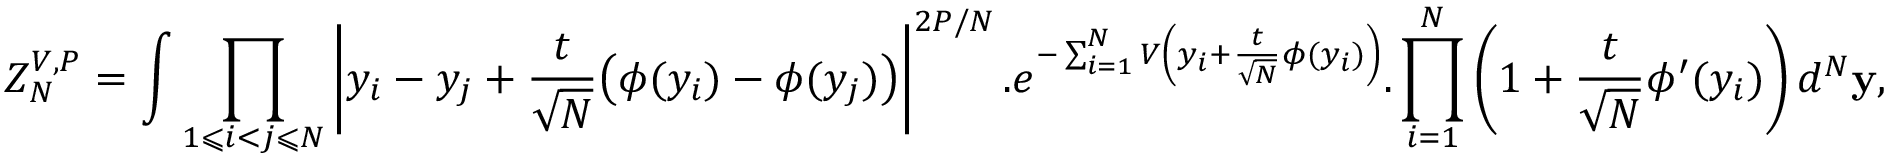
Z _ { N } ^ { V , P } = \int \prod _ { 1 \leqslant i < j \leqslant N } \left| y _ { i } - y _ { j } + \frac { t } { \sqrt { N } } \big ( \phi ( y _ { i } ) - \phi ( y _ { j } ) \big ) \right| ^ { 2 P / N } . e ^ { - \sum _ { i = 1 } ^ { N } V \left( y _ { i } + \frac { t } { \sqrt { N } } \phi ( y _ { i } ) \right) } . \prod _ { i = 1 } ^ { N } \left( 1 + \frac { t } { \sqrt { N } } \phi ^ { \prime } ( y _ { i } ) \right) d ^ { N } \mathbf { y } ,